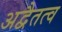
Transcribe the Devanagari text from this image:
अद्वैतत्व